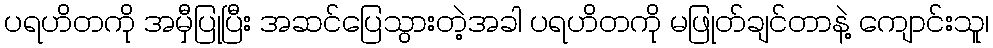
ပရဟိတကို အမှီပြုပြီး အဆင်ပြေသွားတဲ့အခါ ပရဟိတကို မဖြုတ်ချင်တာနဲ့ ကျောင်းသူ၊